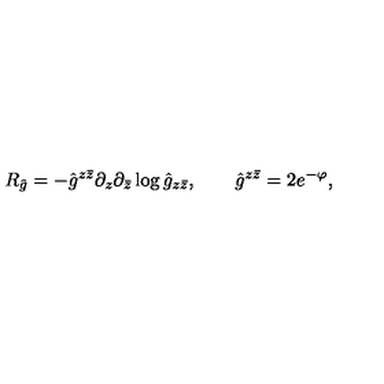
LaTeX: R _ { \hat { g } } = - { \hat { g } } ^ { z \bar { z } } \partial _ { z } \partial _ { \bar { z } } \log { \hat { g } } _ { z \bar { z } } , \qquad \hat { g } ^ { z \bar { z } } = 2 e ^ { - \varphi } ,